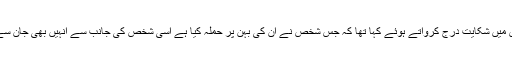
اس واقعے کے بعد کنگنا رناوت نے پولیس میں شکایت درج کرواتے ہوئے کہا تھا کہ جس شخص نے ان کی بہن پر حملہ کیا ہے اسی شخص کی جانب سے انہیں بھی جان سے مارنے کی دھمکیاں موصول ہورہی ہیں۔